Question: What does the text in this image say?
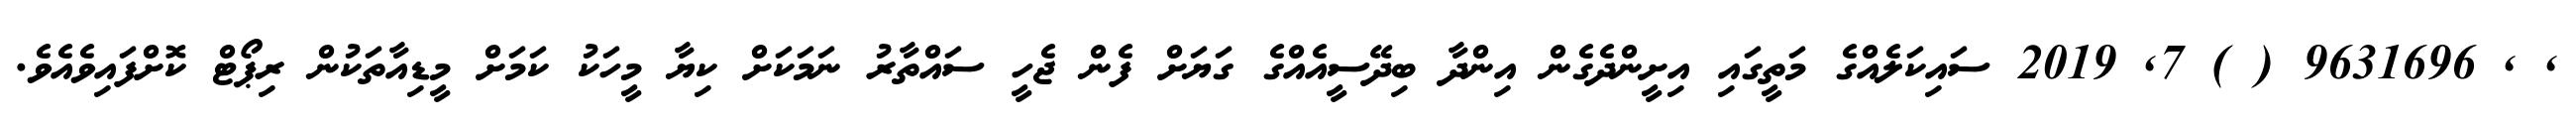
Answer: , , 9631696 ( ) 7, 2019 ސައިކަލެއްގެ މަތީގައި އިށީންދެގެން އިންދާ ބިދޭސީއެއްގެ ގަޔަށް ފެން ޖެހީ ސައްތާރު ނަމަކަށް ކިޔާ މީހަކު ކަމަށް މީޑިއާތަކުން ރިޕޯޓް ކޮށްފައިވެއެވެ.